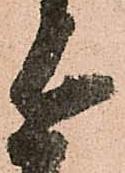
亦